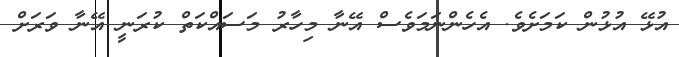
އުޅޭ އުޅުން ކަމަށެވެ. އެހެންނަމަވެސް އޭނާ މިހާރު މަސައްކަތް ކުރަނީ އޭނާ ވަރަށް